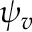
\psi _ { v }